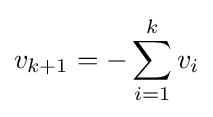
v_{k+1}=-\sum _{i=1}^{k}v_{i}